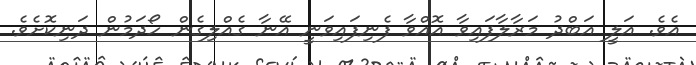
އެވެ. އަލީ އަބްދު މަރާލާފައިވާ އޮއްވާ ފެނިފައިވަނީ އޭނާ ގެއްލިގެން ހޯދަމުން ދަނިކޮށެވެ.